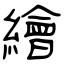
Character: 繪